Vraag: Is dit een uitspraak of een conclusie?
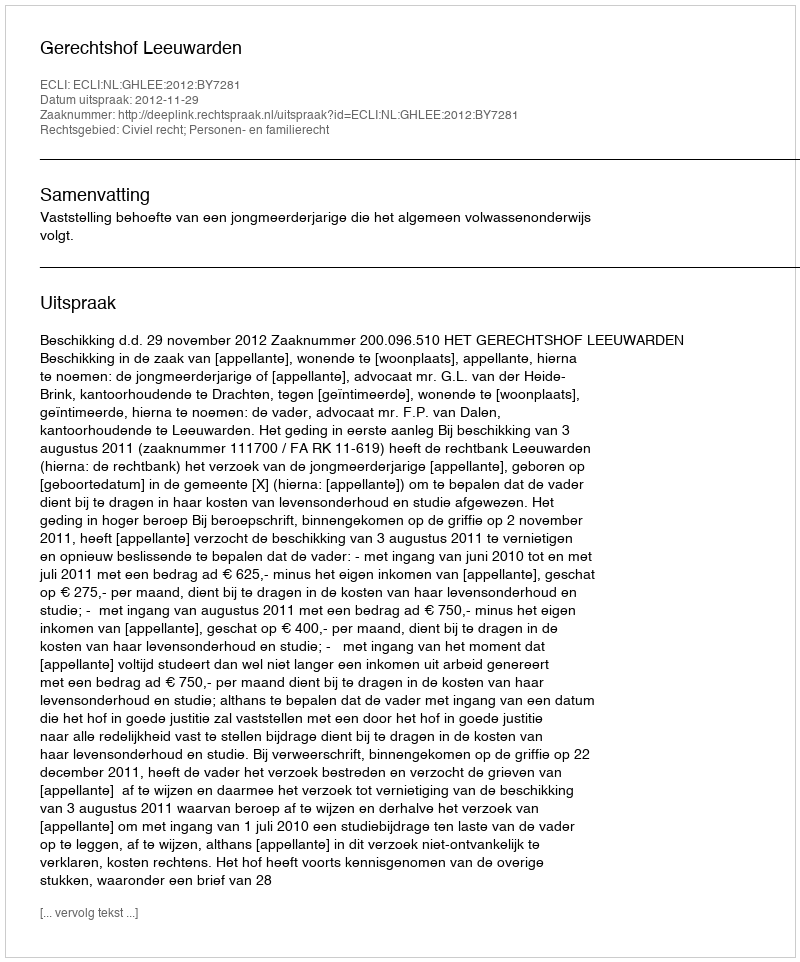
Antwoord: Uitspraak